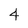
Character: 4